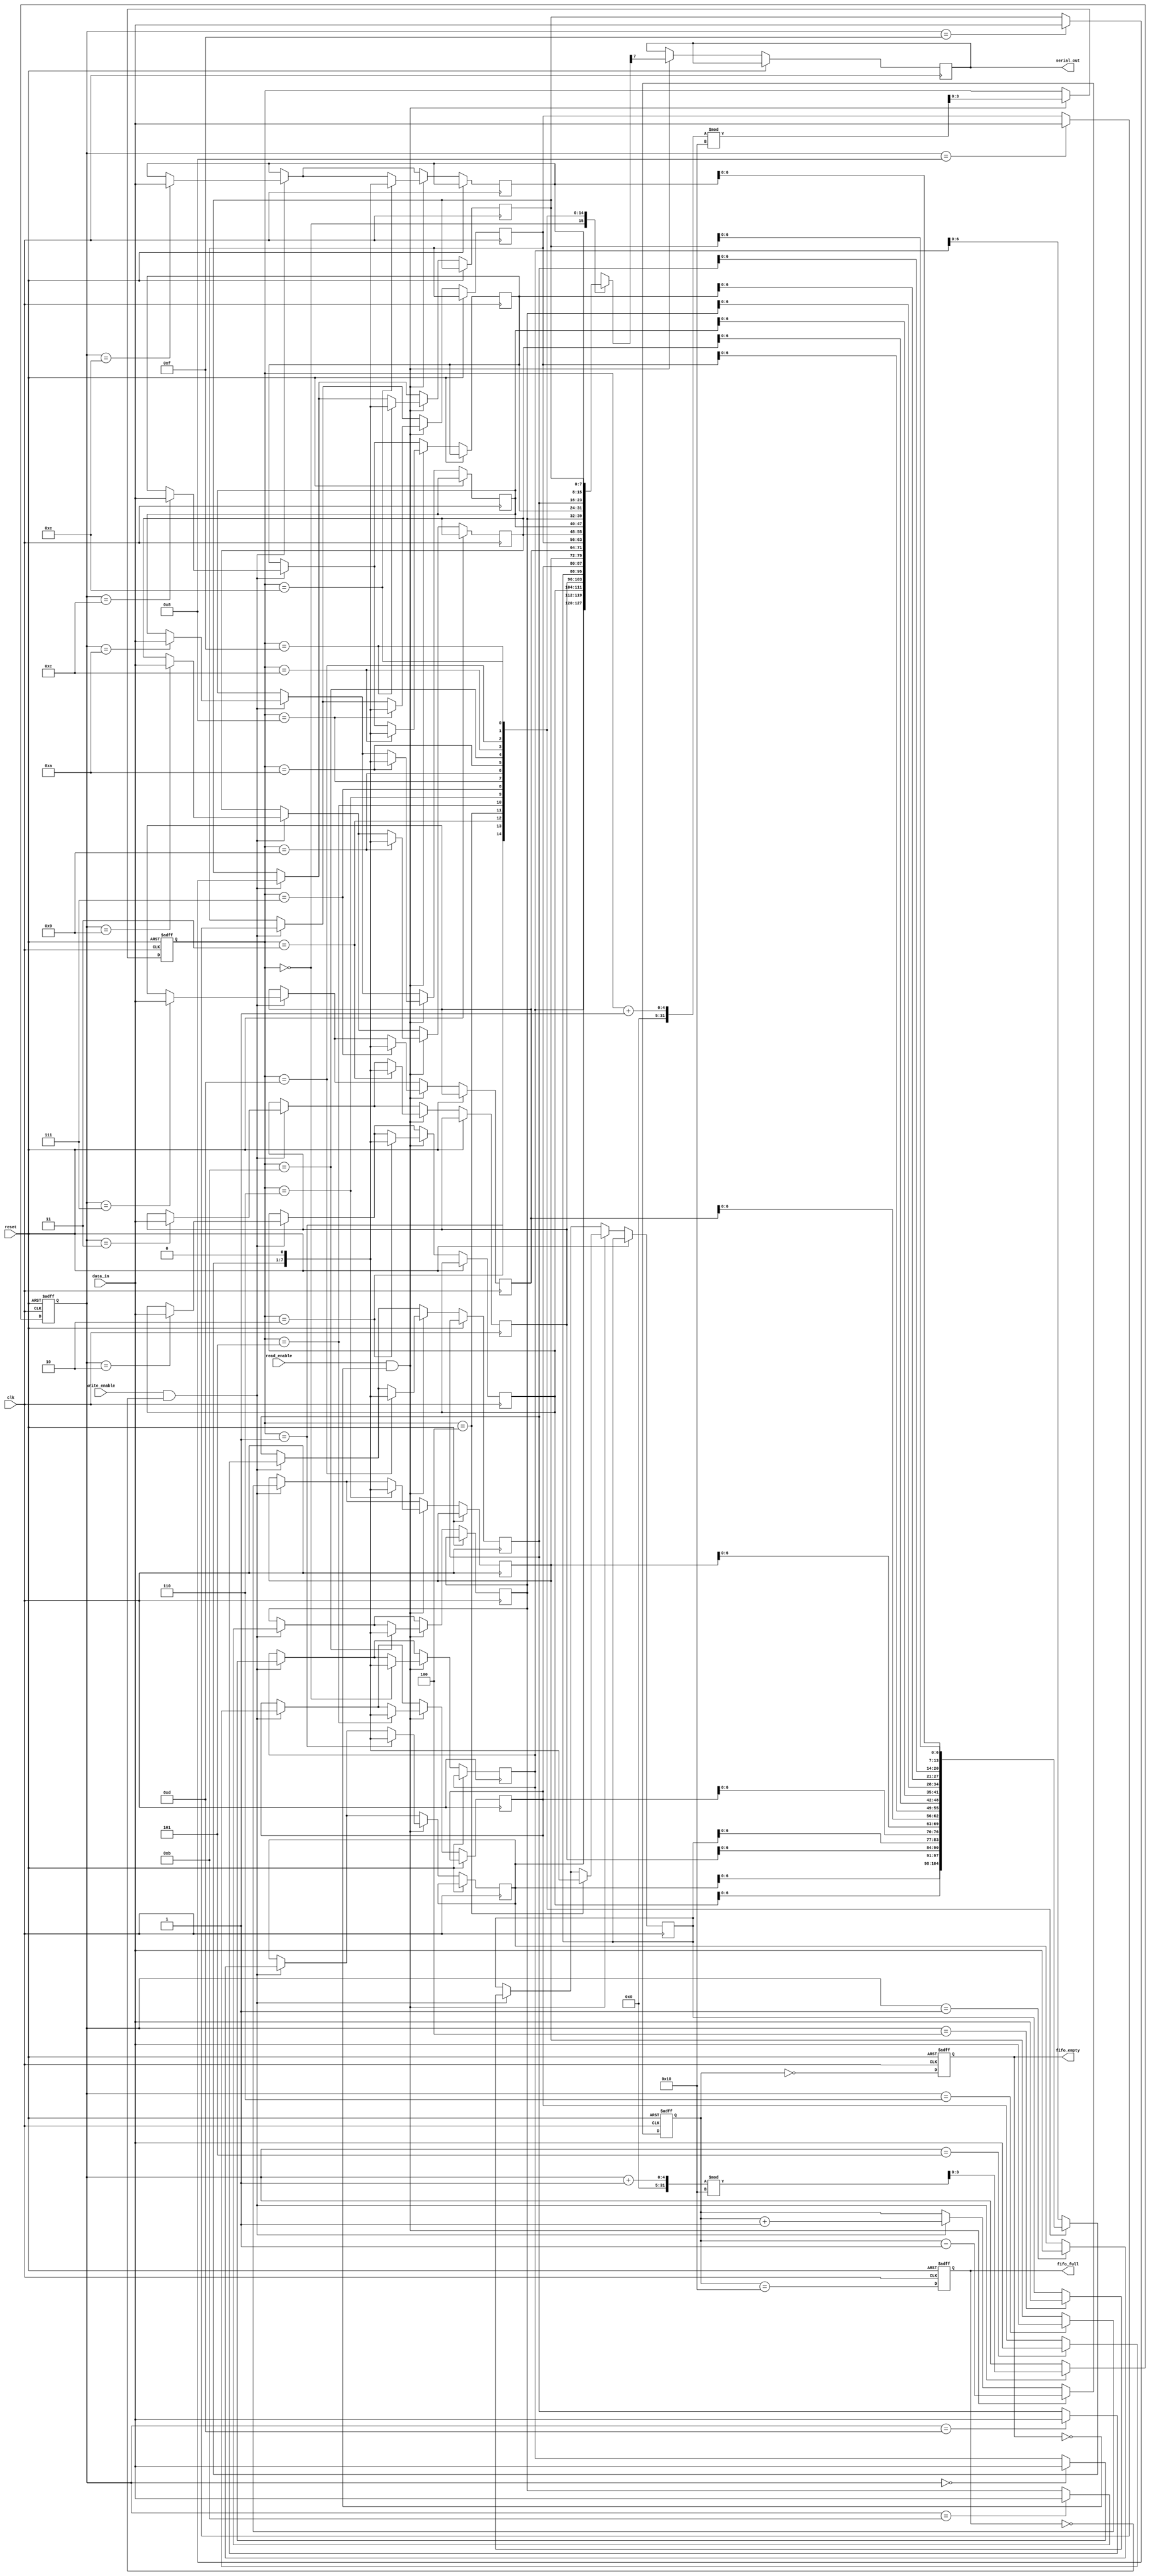
module fifo_piso #(
    parameter N = 8,        // Data width
    parameter DEPTH = 16    // FIFO depth
)(
    input wire clk,                 // Clock signal
    input wire reset,               // Reset signal
    input wire write_enable,        // Write enable signal
    input wire read_enable,         // Read enable signal
    input wire [N-1:0] data_in,     // Parallel data input
    output reg serial_out,           // Serial output
    output reg fifo_empty,           // FIFO empty flag
    output reg fifo_full             // FIFO full flag
);

    reg [N-1:0] fifo_mem [0:DEPTH-1]; // Memory for FIFO
    reg [clog2(DEPTH)-1:0] write_ptr; // Write pointer
    reg [clog2(DEPTH)-1:0] read_ptr;  // Read pointer
    reg [clog2(DEPTH):0] count;        // Current number of elements in FIFO

    // Function to calculate log base 2
    function integer clog2(input integer n);
        begin
            n = n - 1;
            for (clog2 = 0; n > 0; clog2 = clog2 + 1)
                n = n >> 1;
        end
    endfunction

    // Async reset logic
    always @(posedge clk or posedge reset) begin
        if (reset) begin
            write_ptr <= 0;
            read_ptr <= 0;
            count <= 0;
            fifo_empty <= 1;
            fifo_full <= 0;
        end else begin
            // Write operation
            if (write_enable && !fifo_full) begin
                fifo_mem[write_ptr] <= data_in; // Store the input data
                write_ptr <= (write_ptr + 1) % DEPTH; // Circular increment
                count <= count + 1; // Increment count
            end

            // Read operation
            if (read_enable && !fifo_empty) begin
                serial_out <= fifo_mem[read_ptr][N-1]; // Output the MSB of the data
                fifo_mem[read_ptr] <= {fifo_mem[read_ptr][N-2:0], 1'b0}; // Shift out
                read_ptr <= (read_ptr + 1) % DEPTH; // Circular increment
                count <= count - 1; // Decrement count
            end

            // Update empty/full flags
            fifo_empty <= (count == 0);
            fifo_full <= (count == DEPTH);
        end
    end

endmodule